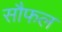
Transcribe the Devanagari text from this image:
सौफल